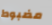
مضبوط